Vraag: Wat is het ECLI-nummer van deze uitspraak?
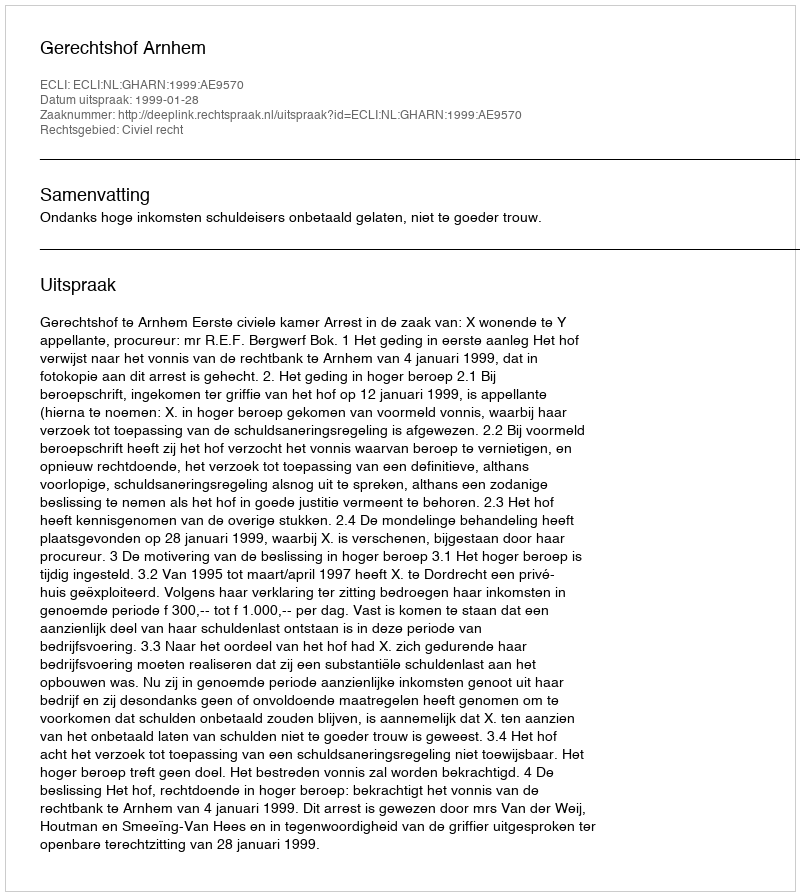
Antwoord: ECLI:NL:GHARN:1999:AE9570